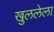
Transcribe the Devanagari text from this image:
खुललेला